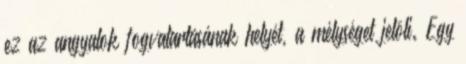
ez az angyalok fogvatartásának helyét, a mélységet jelöli. Egy